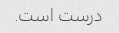
درست است.